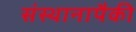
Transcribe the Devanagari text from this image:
संस्थानापैकी